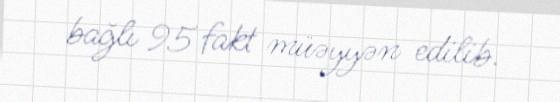
bağlı 95 fakt müəyyən edilib.